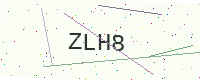
Text: ZLH8